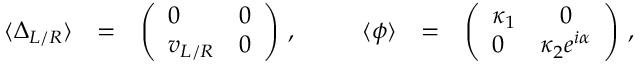
\begin{array} { l c l c l c l } { { \langle \Delta _ { L / R } \rangle } } & { { = } } & { { \left( \begin{array} { l l } { { 0 } } & { { 0 } } \\ { { v _ { L / R } } } & { { 0 } } \end{array} \right) \, , } } & { { \; \; \; } } & { { \langle \phi \rangle } } & { { = } } & { { \left( \begin{array} { l c } { { \kappa _ { 1 } } } & { { 0 } } \\ { { 0 } } & { { \kappa _ { 2 } e ^ { \dot { \imath } \alpha } } } \end{array} \right) \, , } } \end{array}